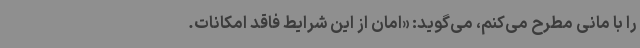
را با مانی مطرح می‌کنم، می‌گوید: «امان از این ‌شرایط فاقد امکانات.